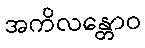
အကိလန္တောဝ